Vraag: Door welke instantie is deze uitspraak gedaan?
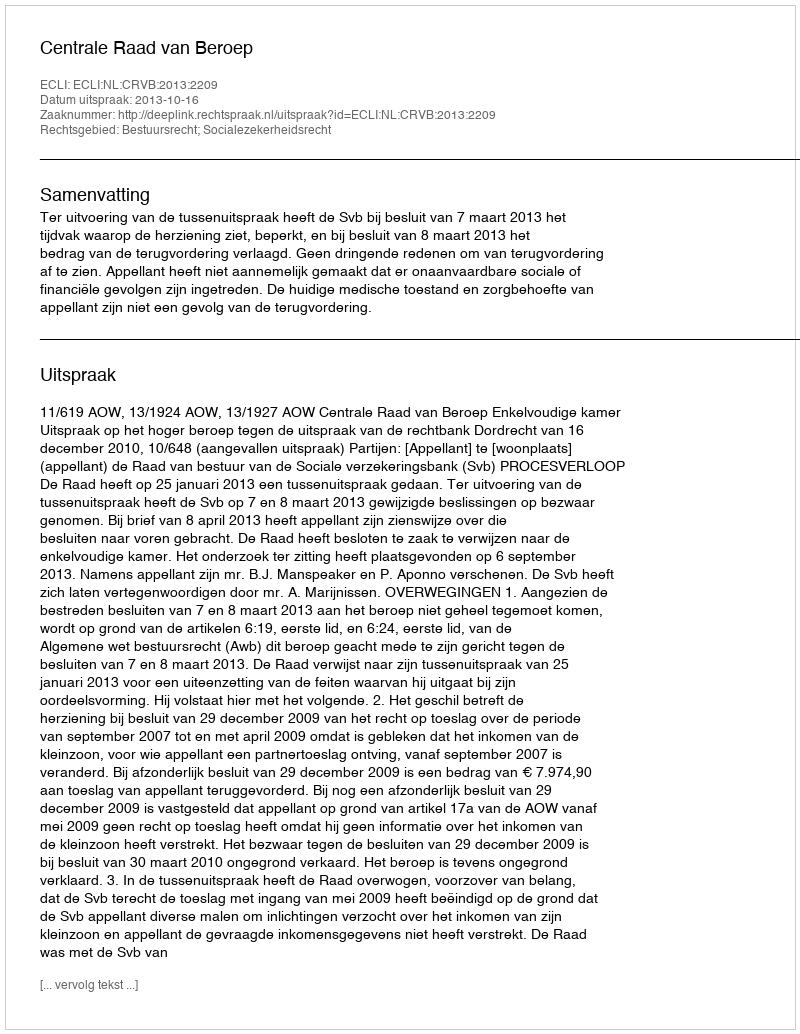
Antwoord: Centrale Raad van Beroep